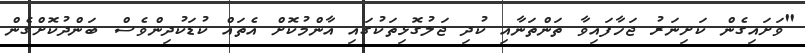
"ވަށައިގެން ކަށިނަރު ޖަހާފައިވާ ތަންތަނާއި ކުދި ޖަލުގޮޅިތަކުގައި އާންމުކޮށް އެތައް ކުޑަކުދިންވެސް ބަންދުކޮށްގެން